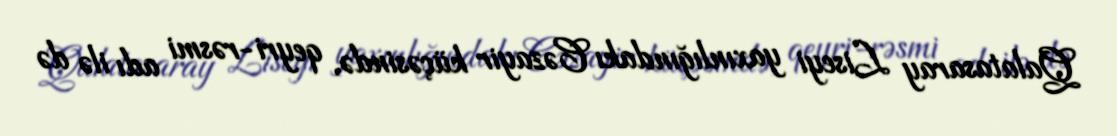
Qalatasaray Liseyi yaxınlığındakı Cəzayir küçəsində, qeyri-rəsmi adı ilə də